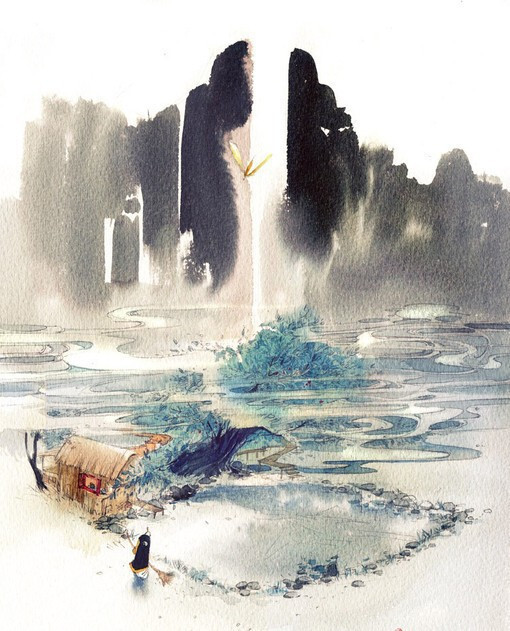
桐叶晨飘蛩夜语。旅思秋光，黯黯长安路。